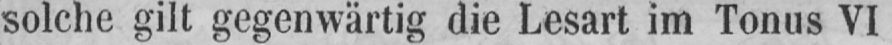
solche gilt gegenwärtig die Lesart im Tonus VI